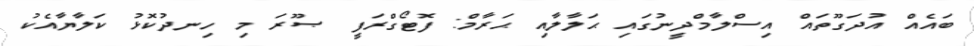
ބައެއް އުދަގޫތައް އިސްލާމްދީނުގައި ޙަލާލާއި ޙަރާމް: ފޮޓޯގްރަފީ ޞޫރަ މި ހިނދުކޮޅު ކަލާޔާއެކު